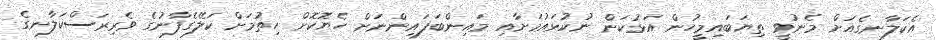
އެކަލާނގެއަށް މެނުވީ ތިޔަބައިމީހުން އަޅުކަން ނުކުޅައުމަށާއި މައިންބަފައިންނަށް ހެޔޮކޮށް ހިތުމަށް ކަލޭގެފާނުގެ ވެރިރަސްކަލާނގެ